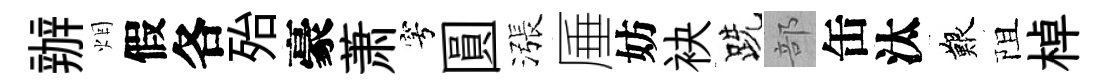
辦烟假各殆豪萧穹圓漲厜妨袂跣部缶汰艱阻棹